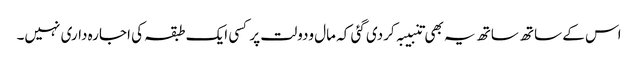
اس کے ساتھ ساتھ یہ بھی تنبیبہ کردی گئی کہ مال ودولت پر کسی ایک طبقہ کی اجارہ داری نہیں۔